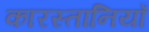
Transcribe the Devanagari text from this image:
कारस्तानियाँ